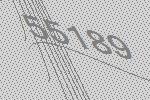
55189